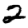
Digit: 2